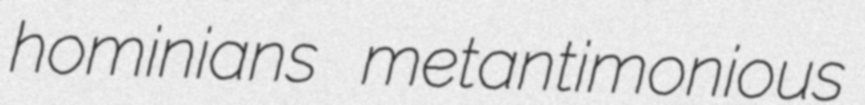
hominians metantimonious